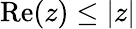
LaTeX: \mathrm{Re}(z)\leq|z|